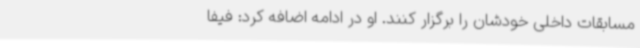
مسابقات داخلی خودشان را برگزار کنند. او در ادامه اضافه کرد: فیفا